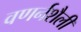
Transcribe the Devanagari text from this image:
वणर्नशैली